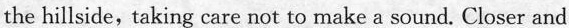
the hillside,taking care not to make a sound. Closer and